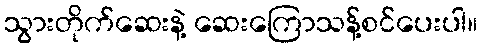
သွားတိုက်ဆေးနဲ့ ဆေးကြောသန့်စင်ပေးပါ။